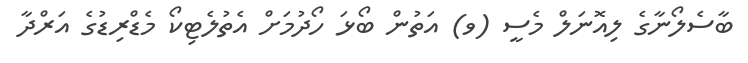
ބާސެލޯނާގެ ލިއޮނަލް މެސީ (ވ) އަތުން ބޯޅަ ހޯދުމަށް އެތުލެޓިކޯ މެޑްރިޑުގެ އަރްދާ